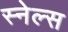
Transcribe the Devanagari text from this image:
स्नेल्स